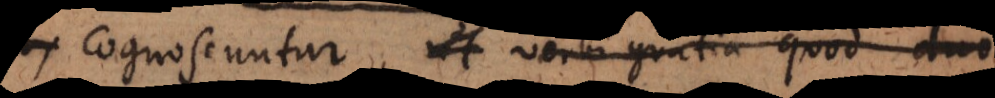
cognoscuntur, ut verbi gratia quod duo